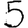
Digit: 5